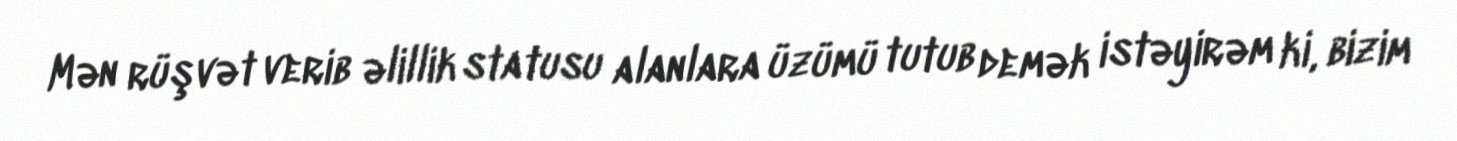
Mən rüşvət verib əlillik statusu alanlara üzümü tutub demək istəyirəm ki, bizim